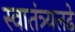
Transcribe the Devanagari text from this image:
स्वातंत्र्यलढे